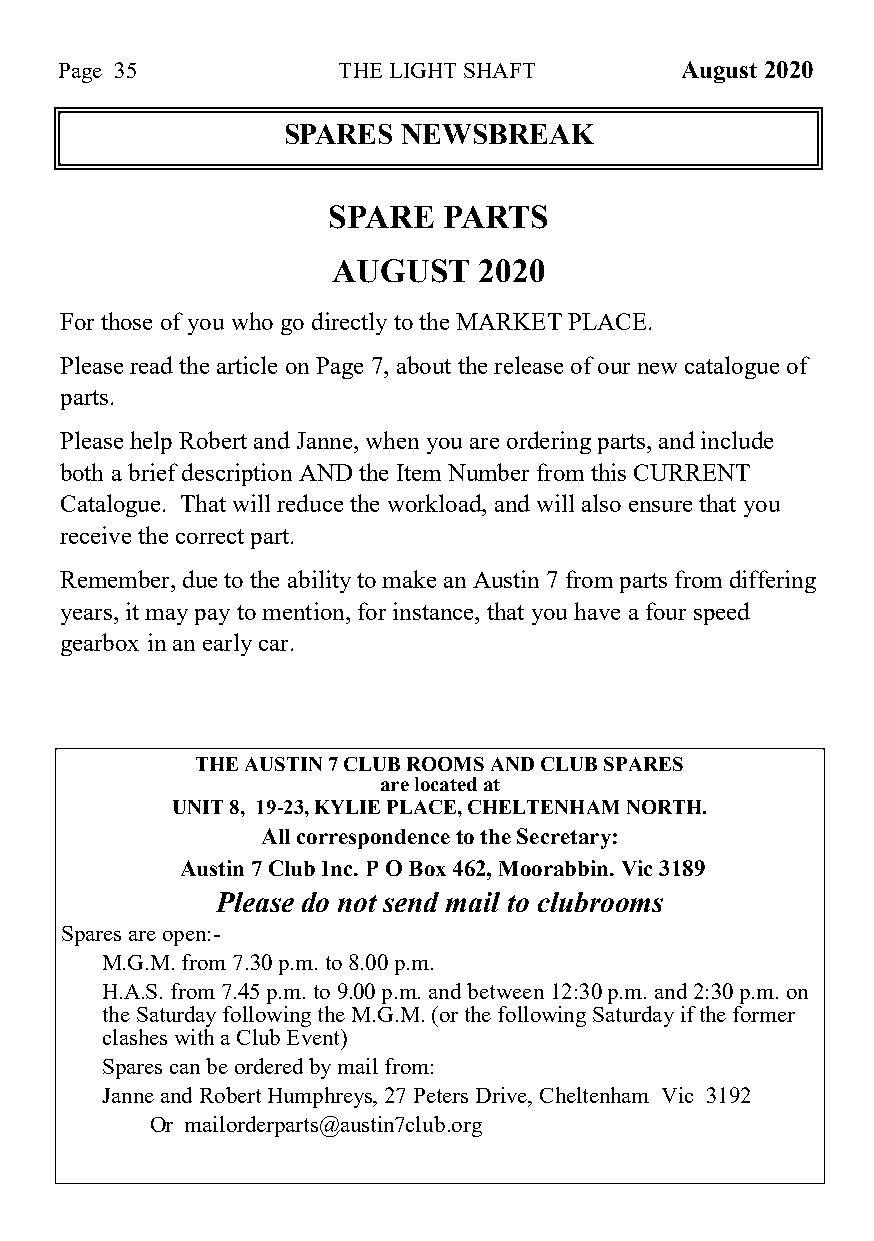
Page 35           THE LIGHT SHAFT        August 2020
 SPARES  NEWSBREAK
 SPARE  PARTS
 AUGUST    2020
 For those of you who go directly to the MARKET PLACE.
 Please read the article on Page 7, about the release of our new catalogue of
 parts.
 Please help Robert and Janne, when you are ordering parts, and include
 both a brief description AND the Item Number from this CURRENT
 Catalogue. That will reduce the workload, and will also ensure that you
 receive the correct part.
 Remember, due to the ability to make an Austin 7 from parts from differing
 years, it may pay to mention, for instance, that you have a four speed
 gearbox in an early car.
 THE AUSTIN 7 CLUB ROOMS AND CLUB SPARES
 are located at
 UNIT 8, 19-23, KYLIE PLACE, CHELTENHAM NORTH.
 All correspondence to the Secretary:
 Austin 7 Club Inc. P O Box 462, Moorabbin. Vic 3189
 Please do not send mail to clubrooms
 Spares are open:-
 M.G.M. from 7.30 p.m. to 8.00 p.m.
 H.A.S. from 7.45 p.m. to 9.00 p.m. and between 12:30 p.m. and 2:30 p.m. on
 the Saturday following the M.G.M. (or the following Saturday if the former
 clashes with a Club Event)
 Spares can be ordered by mail from:
 Janne and Robert Humphreys, 27 Peters Drive, Cheltenham Vic 3192
 Or mailorderparts@austin7club.org